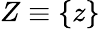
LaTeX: Z\equiv\lbrace z\rbrace